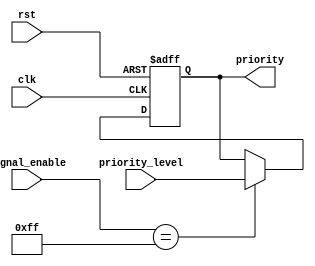
module PriorityBypassRegister(
    input clk,
    input rst,
    input [7:0] priority_level,
    input [7:0] signal_enable,
    output reg [7:0] priority
);

always @(posedge clk or posedge rst) begin
    if (rst) begin
        priority <= 8'h00;
    end else begin
        if (signal_enable == 8'hFF) begin
            priority <= priority_level;
        end
    end
end

endmodule